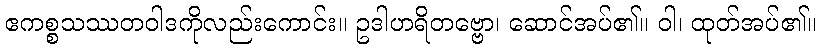
ဧကစ္စသဿတဝါဒကိုလည်းကောင်း။ ဥဒါဟရိတဗ္ဗော၊ ဆောင်အပ်၏။ ဝါ၊ ထုတ်အပ်၏။